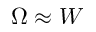
\Omega \approx W